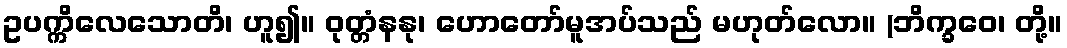
ဥပက္ကိလေသောတိ၊ ဟူ၍။ ဝုတ္တံနနု၊ ဟောတော်မူအပ်သည် မဟုတ်လော။ (ဘိက္ခဝေ၊ တို့။